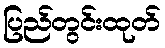
ပြည်တွင်းထုတ်